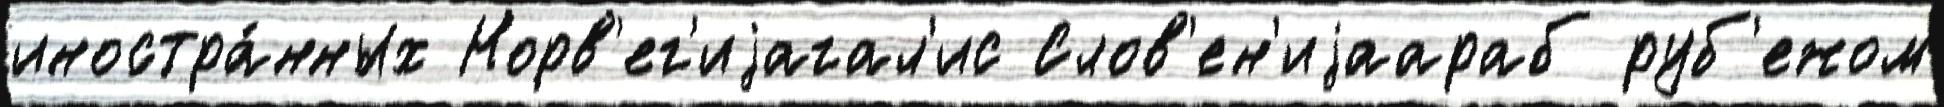
иностра́нных Норв'ег'иjагал'ис Слов'ен'иjаараб руб'ежом